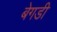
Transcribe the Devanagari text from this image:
बेगडी